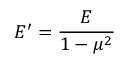
E ^ { \prime } = { \frac { E } { 1 - \mu ^ { 2 } } }